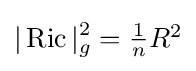
|\operatorname {Ric} |_{g}^{2}=\textstyle {\frac {1}{n}}R^{2}